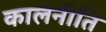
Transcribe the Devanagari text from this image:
कालनीति